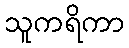
သူကရိကာ